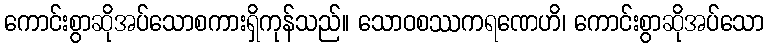
ကောင်းစွာဆိုအပ်သောစကားရှိကုန်သည်။ သောဝစဿကရဏေဟိ၊ ကောင်းစွာဆိုအပ်သော